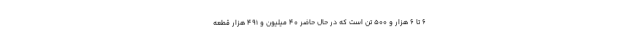
۶ تا ۶ هزار و ۵۰۰ تن است که در حال حاضر ۴۰ میلیون و ۴۹۱ هزار قطعه